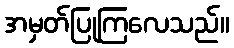
အမှတ်ပြုကြလေသည်။